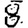
Digit: 8